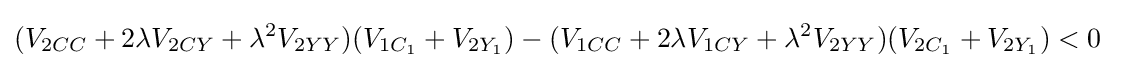
(V_{2CC}+2\lambda V_{2CY}+\lambda ^{2}V_{2YY})(V_{1C_{1}}+V_{2Y_{1}})-(V_{1CC}+2\lambda V_{1CY}+\lambda ^{2}V_{2YY})(V_{2C_{1}}+V_{2Y_{1}})<0\;